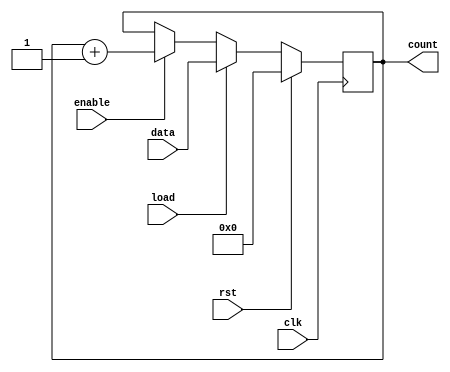
module synchronous_load_counter #(
    parameter N = 8 // Define the bit-width of the counter
)(
    input wire clk,           // Clock input
    input wire rst,           // Reset input (active high)
    input wire load,          // Load input
    input wire [N-1:0] data,  // Data input to load into the counter
    input wire enable,        // Enable input
    output reg [N-1:0] count  // Counter output
);

// Synchronous process
always @(posedge clk) begin
    if (rst) begin
        // Reset the counter to 0
        count <= 0;
    end else if (load) begin
        // Load the data into the counter
        count <= data;
    end else if (enable) begin
        // Increment the counter
        count <= count + 1;
    end
end

endmodule